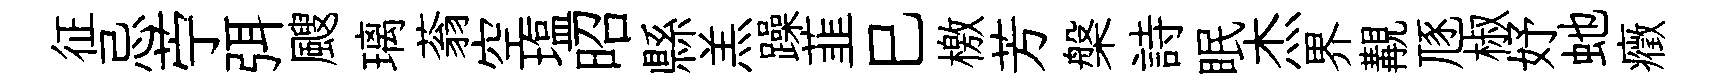
征忌苧弭颼璃蓊空塩昭縣羔躁韮巳檄芳槃詩眠杰界覯豗椒妤虵癥